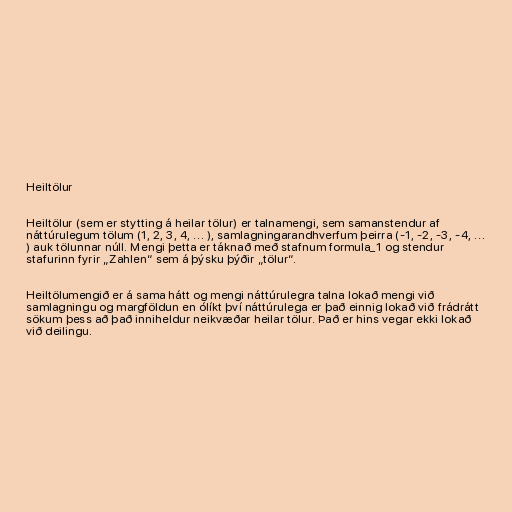
Heiltölur

Heiltölur (sem er stytting á heilar tölur) er talnamengi, sem samanstendur af
náttúrulegum tölum (1, 2, 3, 4, ... ), samlagningarandhverfum þeirra (-1, -2, -3, -4, ...
) auk tölunnar núll. Mengi þetta er táknað með stafnum formula_1 og stendur
stafurinn fyrir „Zahlen“ sem á þýsku þýðir „tölur“.

Heiltölumengið er á sama hátt og mengi náttúrulegra talna lokað mengi við
samlagningu og margföldun en ólíkt því náttúrulega er það einnig lokað við frádrátt
sökum þess að það inniheldur neikvæðar heilar tölur. Það er hins vegar ekki lokað
við deilingu.